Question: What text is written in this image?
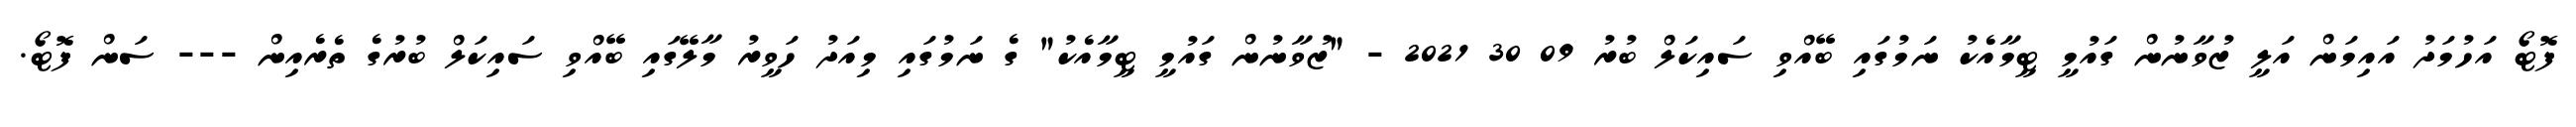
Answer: ފޮޓޯ އަހުމަދު އައިމަން އަލީ ޒުވާނުން ގައުމީ ޓީމާއެކު ނަމުގައި ބޭއްވި ސައިކަލް ބުރު 09 30 2021 - "ޒުވާނުން ގައުމީ ޓީމާއެކު" ގެ ނަމުގައި މިއަދު ހަވީރު މާލޭގައި ބޭއްވި ސައިކަލް ބުރުގެ ތެރެއިން --- ސަން ފޮޓޯ.